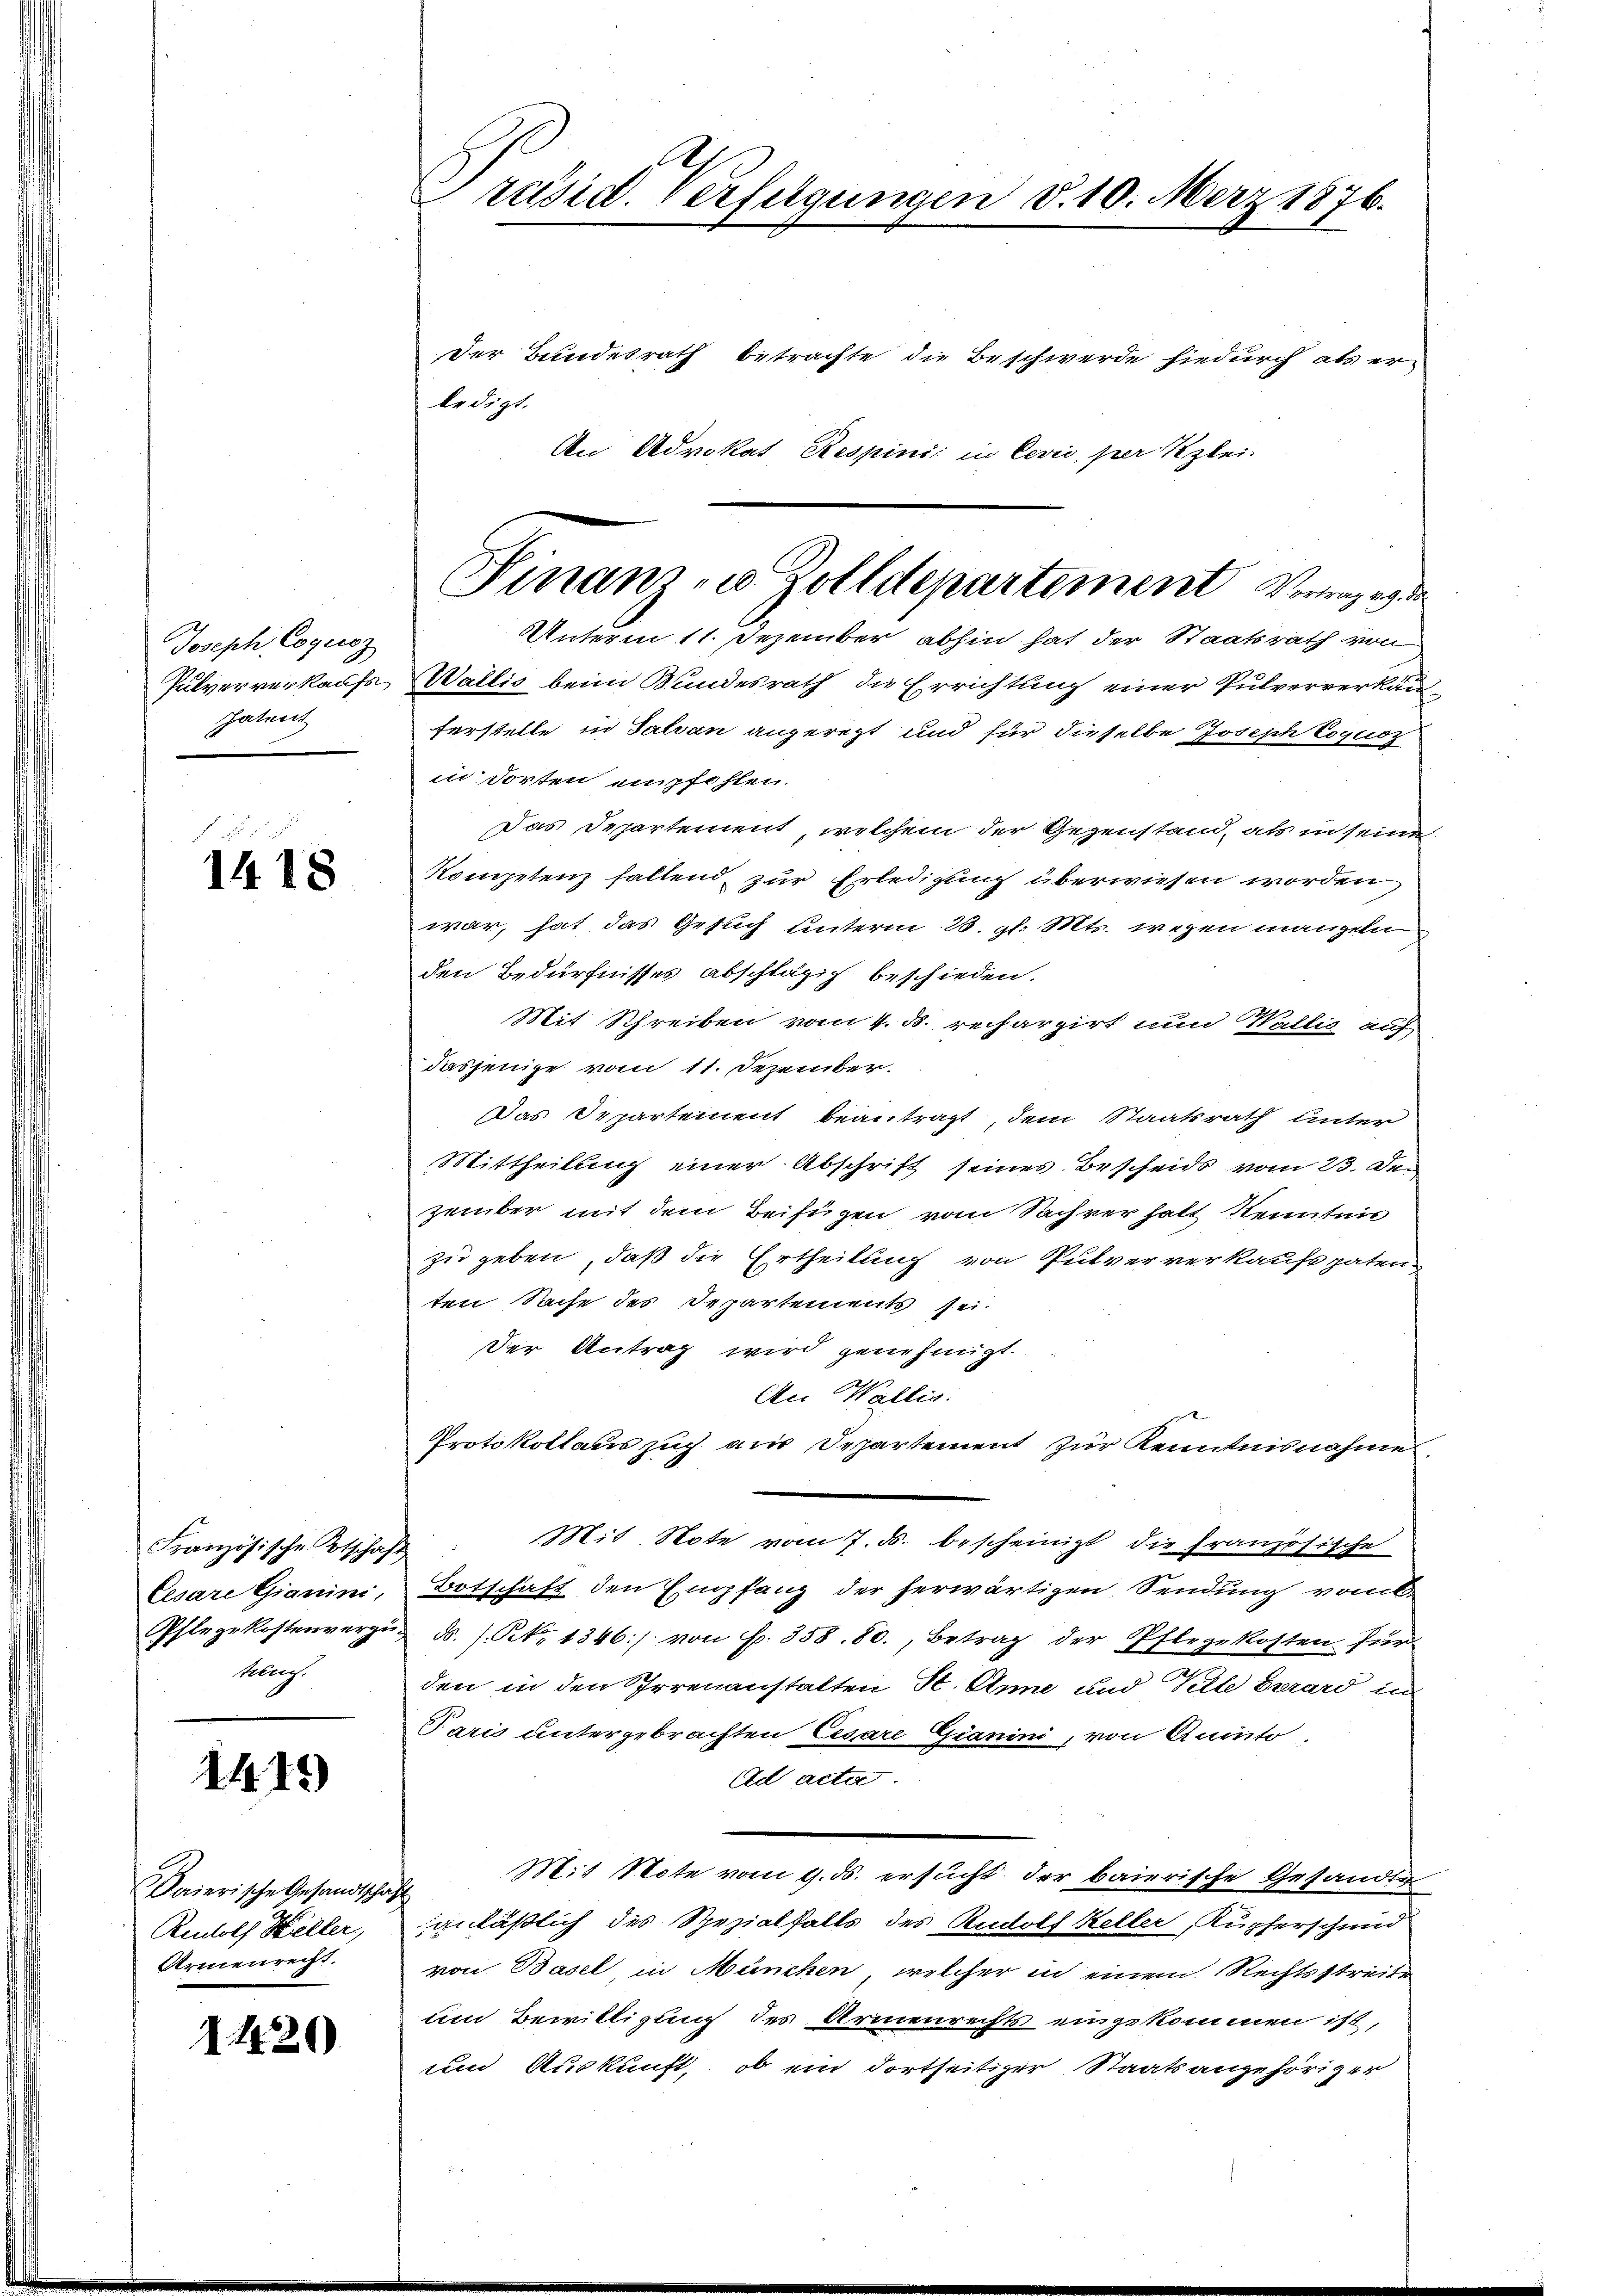
Joseph Coguoz
patent

1418

Französische Botschaft
Cesare Gianini,
Keling.

1419)

Paierische Gesandtsche
Reudolf Keller,
Armenrecht.

1420

Präsid. Verfügungen d. 10. März 1876.

Der Bundesrath betrachte die Beschwerde hiedurch als er
ledigt.
An Advokat Respini. in Cević, per Klei-
Unterm 11. Dezember abhin hat der Staatsrath von
Pulververkaufs Wallis beim Bundesrath die Errichtung einer Pulververkauferstelle in Salvan angeregt und für dieselbe Joseph Coquor
in Torten empfehlen.
Das Departement, welchem der Gegenstand, als in seine
Kompetenz fallend, zur Erledigung überwiesen worden,
war, hat das Gesuch unterm 28. gl. Mts. wegen mangeln
den Bedürfnisses abschlägig beschieden.
Mit Schreiben vom 4. d. rechargirt nun Wallis auf
dasjenige vom 11. Dezember.
Das Departement beantragt, dem Staatsrath unter
Mittheilung einer Abschrift seines Bescheids vom 23. Dezerüber mit dem Beifügen vom Sachverhalt Kenntnis
zu geben, daß die Ertheilung von Pulververkaufspaten
ten Sache des Departements sei.
Der Antrag wird genehmigt.
An Wallis.
Protokollauszug aus Departement zur Kenntnisnahme
Mit Note vom 7. ds. bescheinigt die französische
Botschaft den Empfang der herwärtigen Sendung vom
Pflegekostenverzi d. J. N. 1346) von Fr. 358.80., Betrag der Pflegekosten für
den in den Irrenanstalten St. Anne und Telle Errard in
Paris untergebrachten Cesare Gianini, von Anito.
Ad acta.
Mit Note vom 9. ds. ersucht der baierische Gesandte
h
anläßlich des Spezialfalls des Rudolf Keller, Kupferschend
von Basel, in München, welcher in einem Rechtsstreite
um Bewilligung des Armenrechts eingekommen ist,
und Auskunft, ob ein dortseitiger Staatsangehöriger

Finanz- u. Zolldepartement Vorragen de